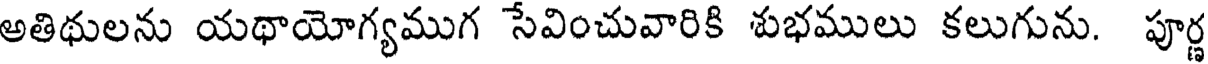
అతిథులను యథాయోగ్యముగ సేవించువారికి శుభములు కలుగును. పూర్ణ